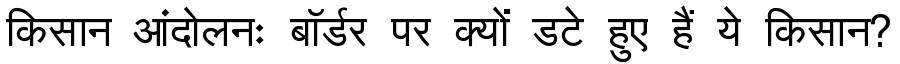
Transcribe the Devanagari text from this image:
किसान आंदोलनः बॉर्डर पर क्यों डटे हुए हैं ये किसान?